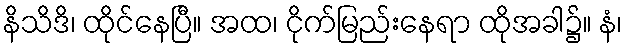
နိသိဒိ၊ ထိုင်နေပြီ။ အထ၊ ငိုက်မြည်းနေရာ ထိုအခါ၌။ နံ၊